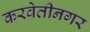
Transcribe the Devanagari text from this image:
करवेतीनगर